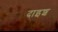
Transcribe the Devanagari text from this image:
दाइश